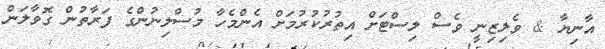
އާނިޔާ & ވެލިޒިނީ ވެސް ލިސްޓަށް އިތުރުކުރުމަށް އެންމެހާ މުސްލިނުންގެ ފަރާތުން ގޮވާލަން